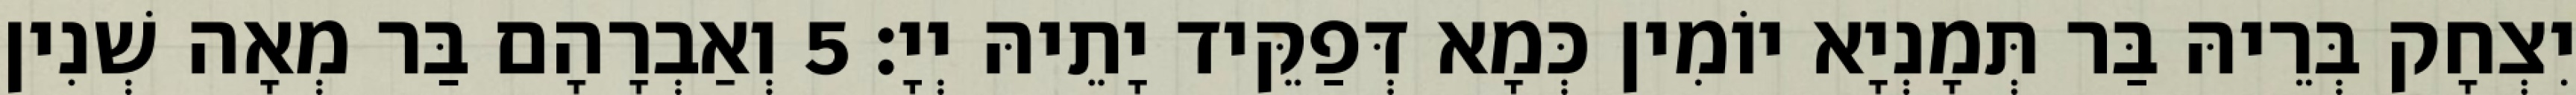
יִצְחָק בְּרֵיהּ בַּר תְּמָנְיָא יוֹמִין כְּמָא דְּפַקֵּיד יָתֵיהּ יְיָ׃ 5 וְאַבְרָהָם בַּר מְאָה שְׁנִין